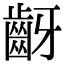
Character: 齖